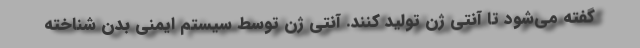
گفته می‌شود تا آنتی ژن تولید کنند. آنتی ژن توسط سیستم ایمنی بدن شناخته